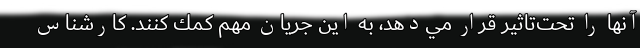
آنها را تحت‌تاثير قرار مي‌دهد، به اين جريان مهم كمك كنند. کارشناس